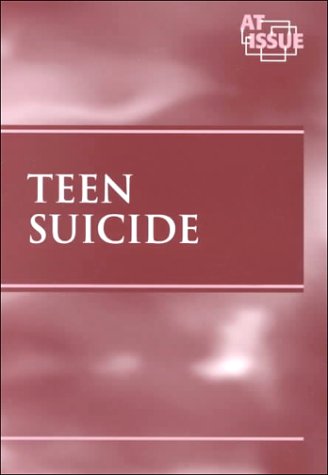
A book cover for At Issue Series - Teen Suicide (paperback edition); Tamara L. Roleff; Teen & Young Adult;